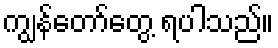
ကျွန်တော်တွေ့ ရပါသည်။